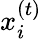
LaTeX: x_{i}^{(t)}